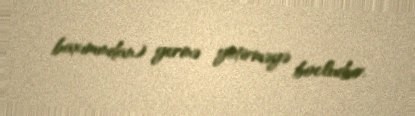
baxımından) yerinə yetirməyə bocludur.